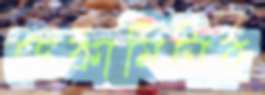
ডেকামিটার